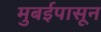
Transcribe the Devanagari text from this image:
मुबईपासून